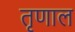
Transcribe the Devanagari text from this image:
तृणाल